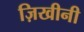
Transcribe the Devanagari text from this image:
ज़िखीनी